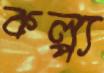
কল্প্য